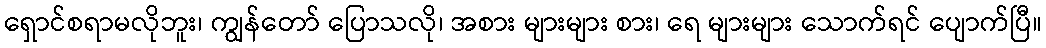
ရှောင်စရာမလိုဘူး၊ ကျွန်တော် ပြောသလို၊ အစား များများ စား၊ ရေ များများ သောက်ရင် ပျောက်ပြီ။